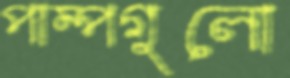
পাম্পগুলো